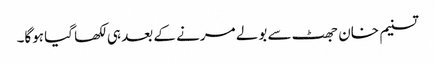
تسنیم خان جھٹ سے بولے مرنے کے بعد ہی لکھا گیا ہوگا۔